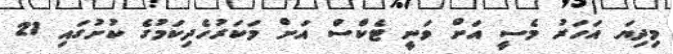
މިދިޔަ އަހަރު މެސީ އަށް ވަނީ ޓެކްސް އަށް މަކަރުހެދިކަމުގެ ކުށުގައި 21